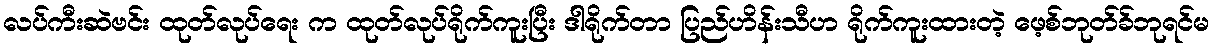
လပ်ကီးဆဲဗင်း ထုတ်လုပ်ရေး က ထုတ်လုပ်ရိုက်ကူးပြီး ဒါရိုက်တာ ပြည်ဟိန်းသီဟ ရိုက်ကူးထားတဲ့ ဖေ့စ်ဘုတ်ခ်ဘုရင်မ